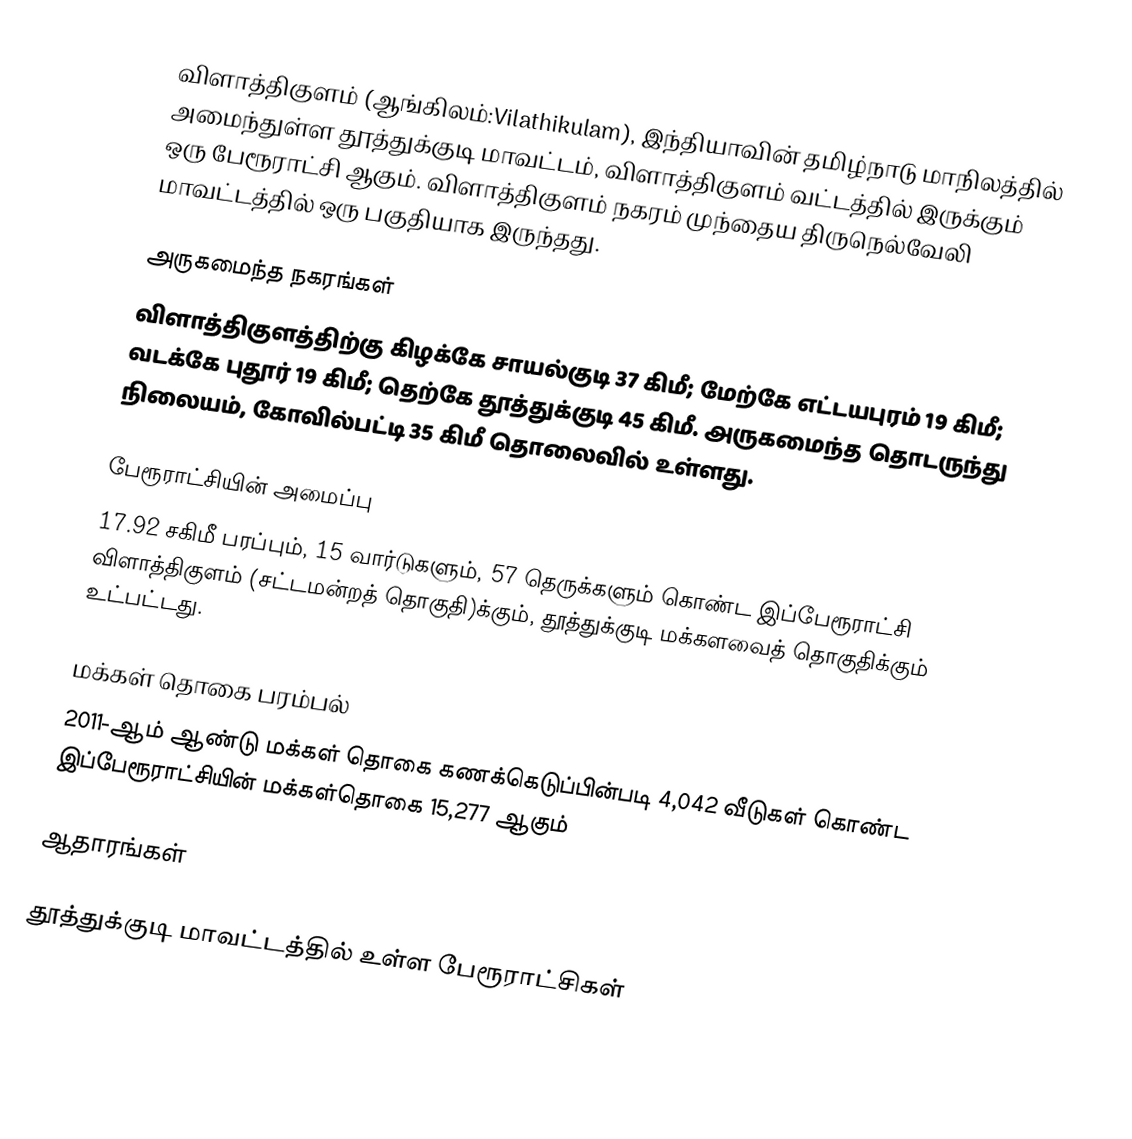
விளாத்திகுளம் (ஆங்கிலம்:Vilathikulam), இந்தியாவின் தமிழ்நாடு மாநிலத்தில் அமைந்துள்ள தூத்துக்குடி மாவட்டம், விளாத்திகுளம் வட்டத்தில் இருக்கும் ஒரு பேரூராட்சி ஆகும். விளாத்திகுளம் நகரம் முந்தைய திருநெல்வேலி மாவட்டத்தில் ஒரு பகுதியாக இருந்தது.

அருகமைந்த நகரங்கள்
விளாத்திகுளத்திற்கு கிழக்கே சாயல்குடி 37 கிமீ; மேற்கே எட்டயபுரம் 19 கிமீ; வடக்கே புதூர் 19 கிமீ; தெற்கே தூத்துக்குடி 45 கிமீ. அருகமைந்த தொடருந்து நிலையம், கோவில்பட்டி 35 கிமீ தொலைவில் உள்ளது.

பேரூராட்சியின் அமைப்பு
17.92 சகிமீ பரப்பும், 15 வார்டுகளும்,  57 தெருக்களும் கொண்ட இப்பேரூராட்சி  விளாத்திகுளம் (சட்டமன்றத் தொகுதி)க்கும், தூத்துக்குடி மக்களவைத் தொகுதிக்கும் உட்பட்டது.

மக்கள் தொகை பரம்பல்
2011-ஆம் ஆண்டு மக்கள் தொகை கணக்கெடுப்பின்படி       4,042 வீடுகள் கொண்ட இப்பேரூராட்சியின் மக்கள்தொகை 15,277 ஆகும்

ஆதாரங்கள்

தூத்துக்குடி மாவட்டத்தில் உள்ள பேரூராட்சிகள்